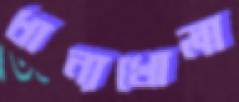
ধান্যখোলা